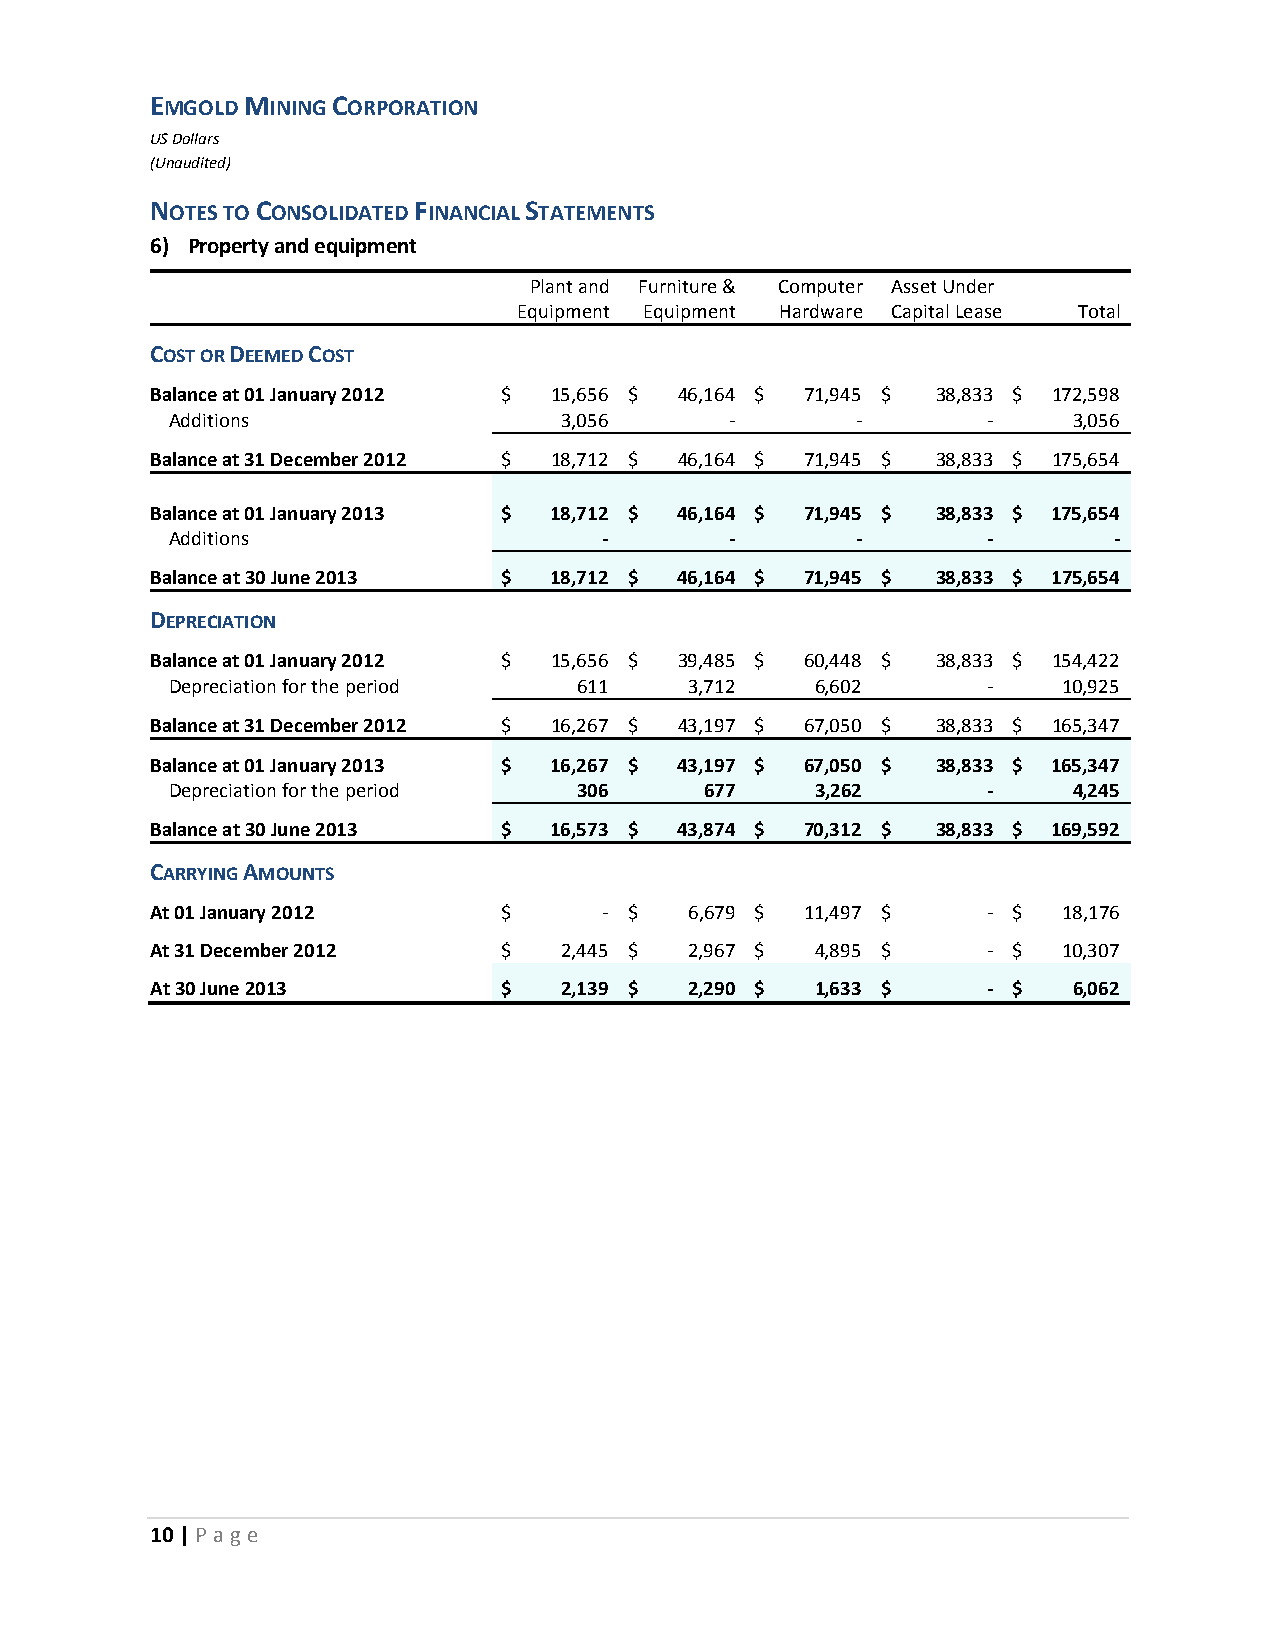
EMGOLD MINING CORPORATION
 US Dollars
 (Unaudited)
 NOTES TO CONSOLIDATED FINANCIAL STATEMENTS
 6) Property and equipment
 Plant and Furniture & Computer Asset Under
 Equipment Equipment Hardware C apital Lease Total
 COST OR DEEMED COST
 Balance at 01 January 2012 $ 15,656 $ 46,164 $ 71,945 $ 38,833 $ 172,598
 Additions                 3,056      -        -       -     3,056
 Balance at 31 December 2012 $ 18,712 $ 46,164 $ 71,945 $ 38,833 $ 175,654
 Balance at 01 January 2013 $ 18,712 $ 46,164 $ 71,945 $ 38,833 $ 175,654
 Additions                    -       -        -       -        -
 Balance at 30 June 2013 $ 18,712 $ 46,164 $ 71,945 $ 38,833 $ 175,654
 DEPRECIATION
 Balance at 01 January 2012 $ 15,656 $ 39,485 $ 60,448 $ 38,833 $ 154,422
 Depreciation for the period 611    3,712   6,602      -    10,925
 Balance at 31 December 2012 $ 16,267 $ 43,197 $ 67,050 $ 38,833 $ 165,347
 Balance at 01 January 2013 $ 16,267 $ 43,197 $ 67,050 $ 38,833 $ 165,347
 Depreciation for the period 306     677    3,262      -     4,245
 Balance at 30 June 2013 $ 16,573 $ 43,874 $ 70,312 $ 38,833 $ 169,592
 CARRYING AMOUNTS
 At 01 January 2012     $      - $   6,679 $ 11,497 $   - $  18,176
 At 31 December 2012    $   2,445 $  2,967 $ 4,895 $    - $  10,307
 At 30 June 2013        $   2,139 $  2,290 $ 1,633 $    - $   6,062
 10 | P age